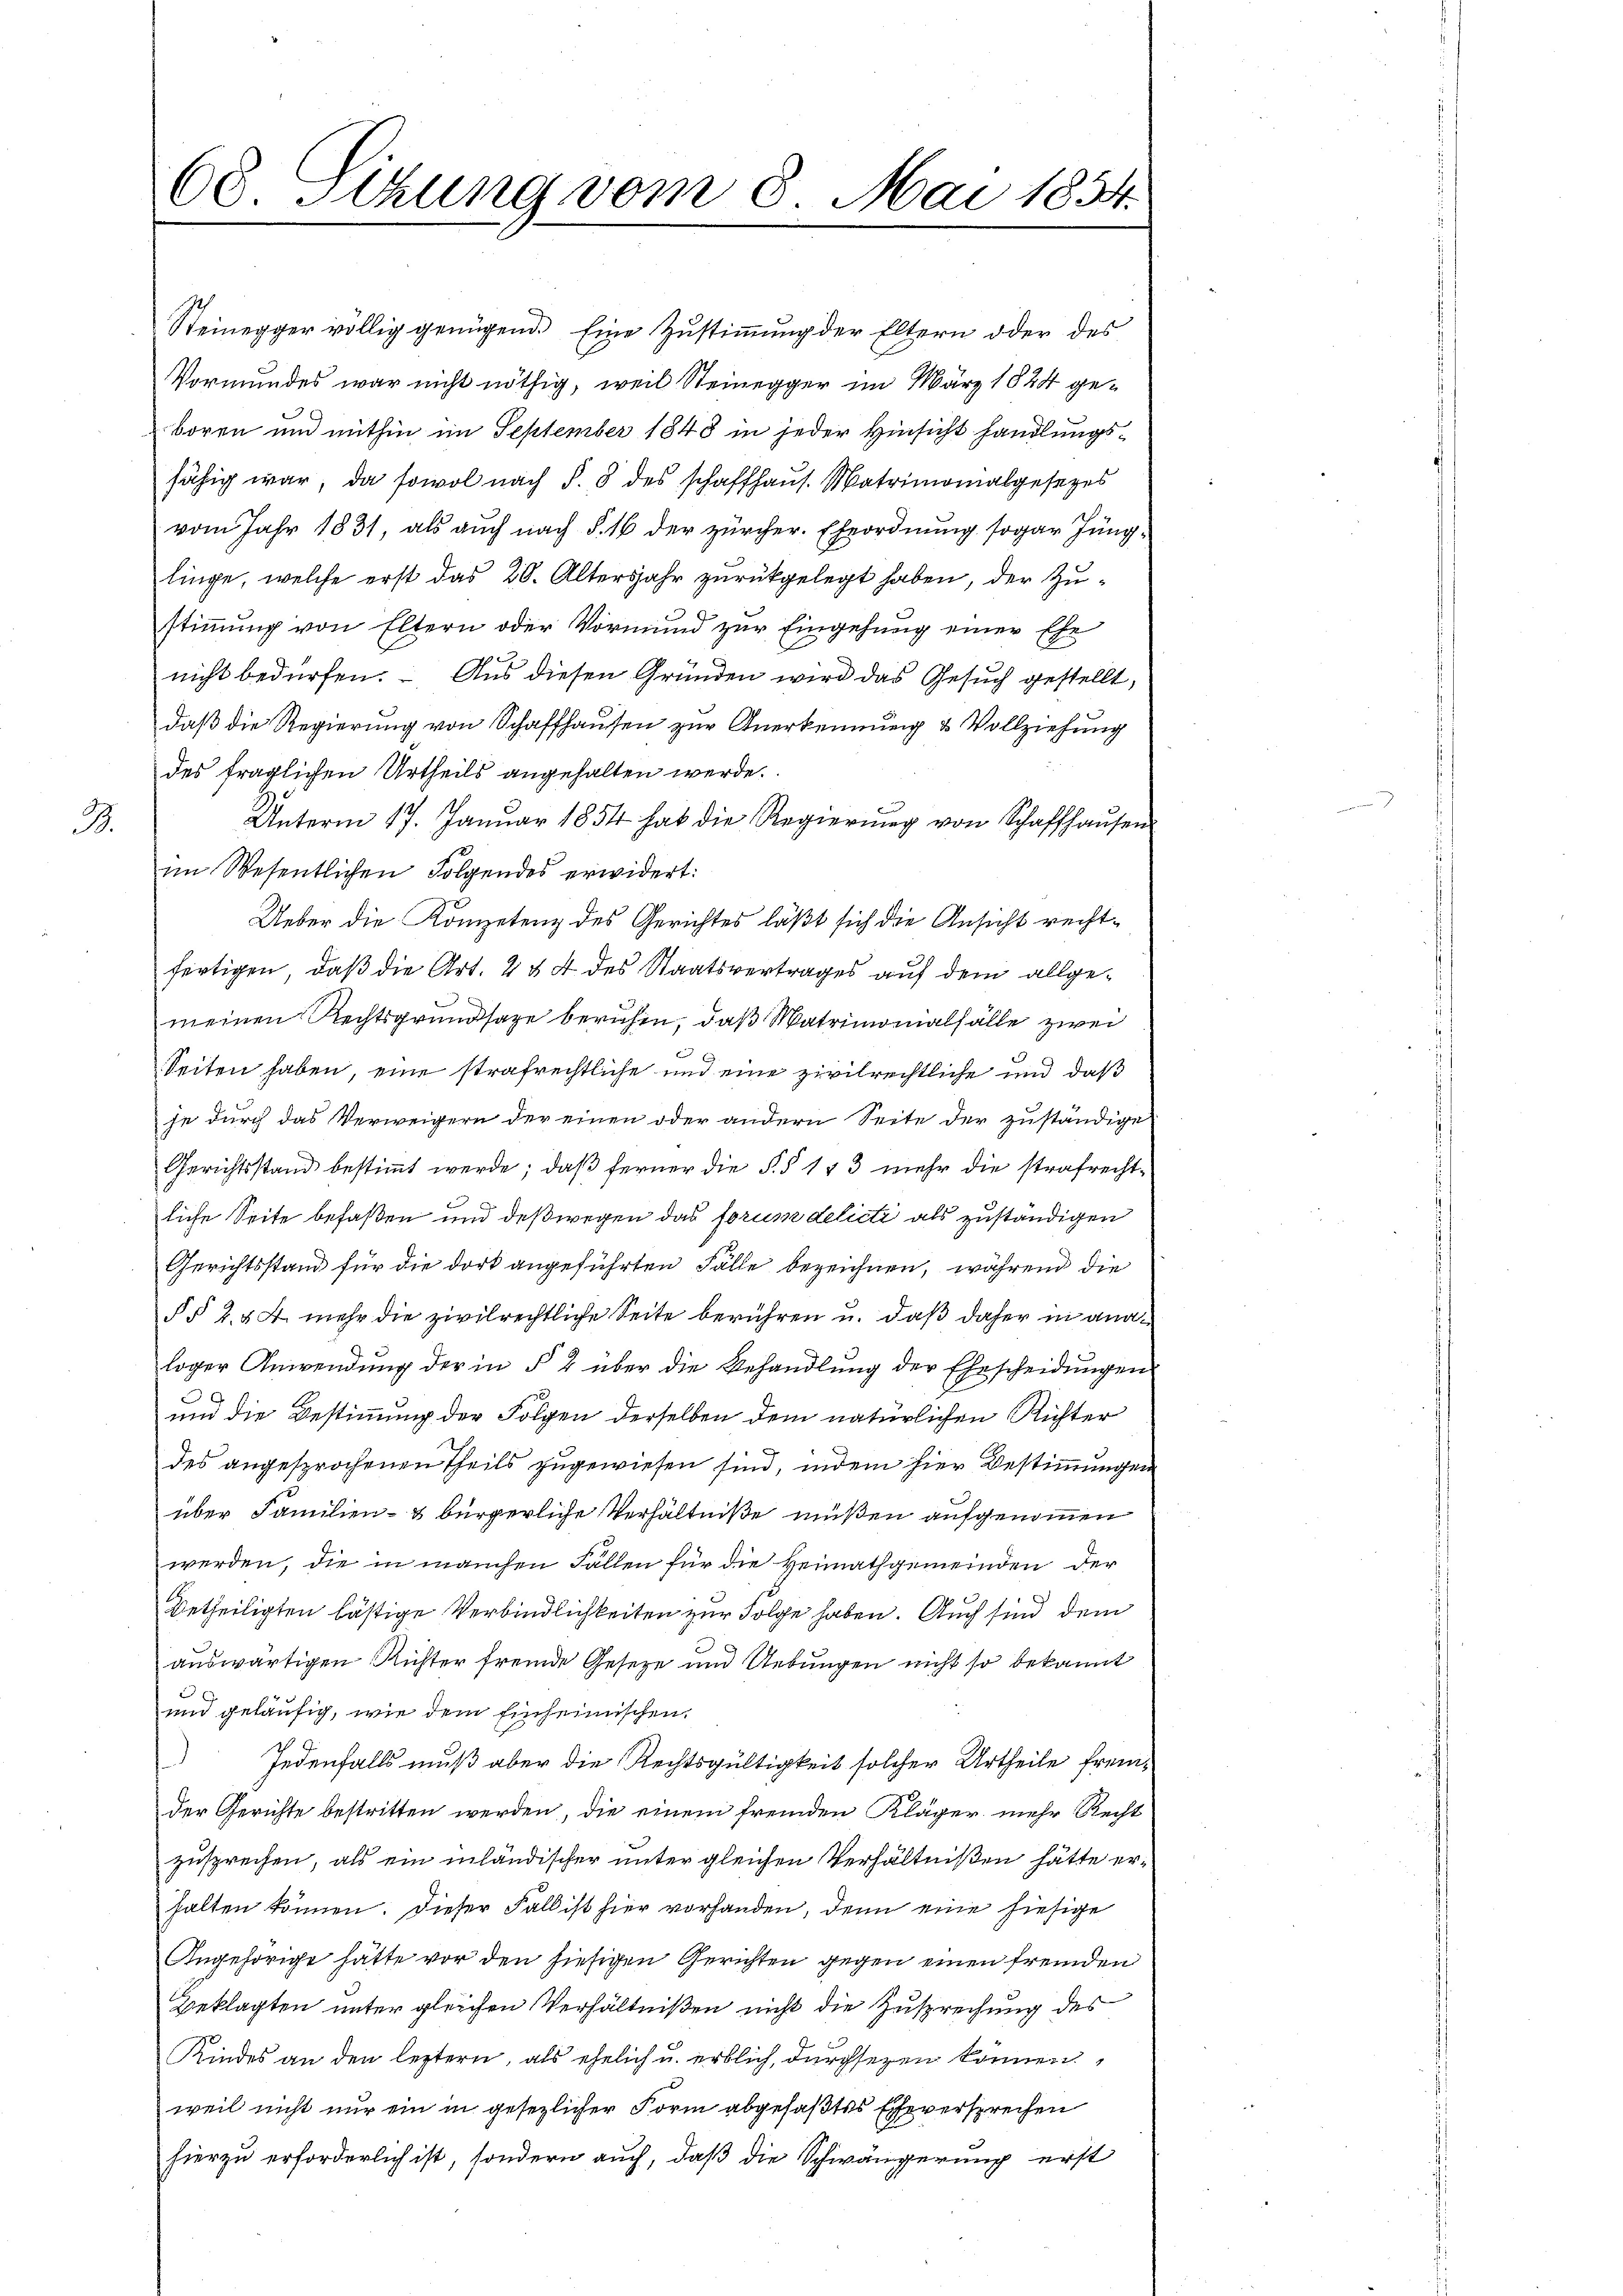
68. Sitzung vom 8. Mai 1854.

Steinegger völlig genügend. Eine Zustimmung der Eltern oder des
Vormundes war nicht nöthig, weil Steinegger im März 1824 geboren und mithin im September 1843 in jeder Hinsicht handlungsfähig war, da sowol nach §. 8 des schaffhaus. Matrimonialgesetzes
vom Jahr 1831, als auch nach § 16 der zürcher. Eheordnung sogar Jünglinge, welche erst das 20. Altersjahr zurückgelegt haben, der Zustimmung von Eltern oder Vormund zur Eingehung einer Ehe
nicht bedürfen. Aus diesen Gründen wird das Gesuch gestellt,
daß die Regierung von Schaffhausen zur Anerkennung & Vollziehung
des fraglichen Urtheils angehalten werde.
Unterm 17. Januar 1854 hat die Regierung von Schaffhaŭsen
3.
im Wesentlichen Folgendes erwidert:
Ueber die Kompetenz des Gerichtes läßt sich die Ansicht rechtfertigen, daß die Art. 2 & 4 des Staatsvertrages auf dem allgemeinen Rechtsgrundsaze beruhen, daß Matrimonalfälle zwei
Seiten haben, eine strafrechtliche und eine zivilrechtliche und daß
se durch das Verweigern der einen oder andern Seite der zuständige
Gerichtsstand bestimmt werde; daß ferner die §§ 143 mehr die strafrechtliche Seite befaßen und deßwegen das forum delicti als zuständigen
Gerichtsstand für die dort angeführten Fälle bezeichnen, während die
§§ 284. mehr die zivilrechtliche Seite berühren u. daß daher in analoger Anwendung der in § 2 über die Behandlung der Ehescheidungen
und die Bestimmung der Folgen derselben dem natürlichen Richter
des angesprochenen Theils zugewiesen sind, indem hier Bestimmungen
über Familien- & bürgerliche Verhältniße müßen aufgenommen
werden, die in manchen Fällen für die Heimathgemeinden der
7
Betheiligten lästige Verbindlichkeiten zur Folge haben. Auch sind dem
auswärtigen Richter fremde Geseze und Uebungen nicht so bekannt

und geläufig, wie dem Einheimischen
Jedenfalls muß aber die Rechtsgültigkeit solcher Urtheile fremder Gerichte bestritten werden, die einem fremden Kläger mehr Recht
zusprechen, als ein inländischer unter gleichen Verhältnißen hätte erhalten können. Dieser Fall ist hier vorhanden, denn eine hiesige
Angehörige hätte vor den hiesigen Gerichten gegen einen fremden
Beklagten unter gleichen Verhältnißen nicht die Zusprechung des
Kindes an den leztern, als ehelich u. erblich, durchsezen können,
weil nicht nur ein in gesezlicher Form abgefaßtes Eheversprechen
hierzu erforderlich ist, sondern auch, daß die Schwängerung erst